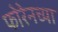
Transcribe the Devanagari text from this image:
फोरेनच्या